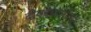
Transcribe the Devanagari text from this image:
दीनदयालनगर